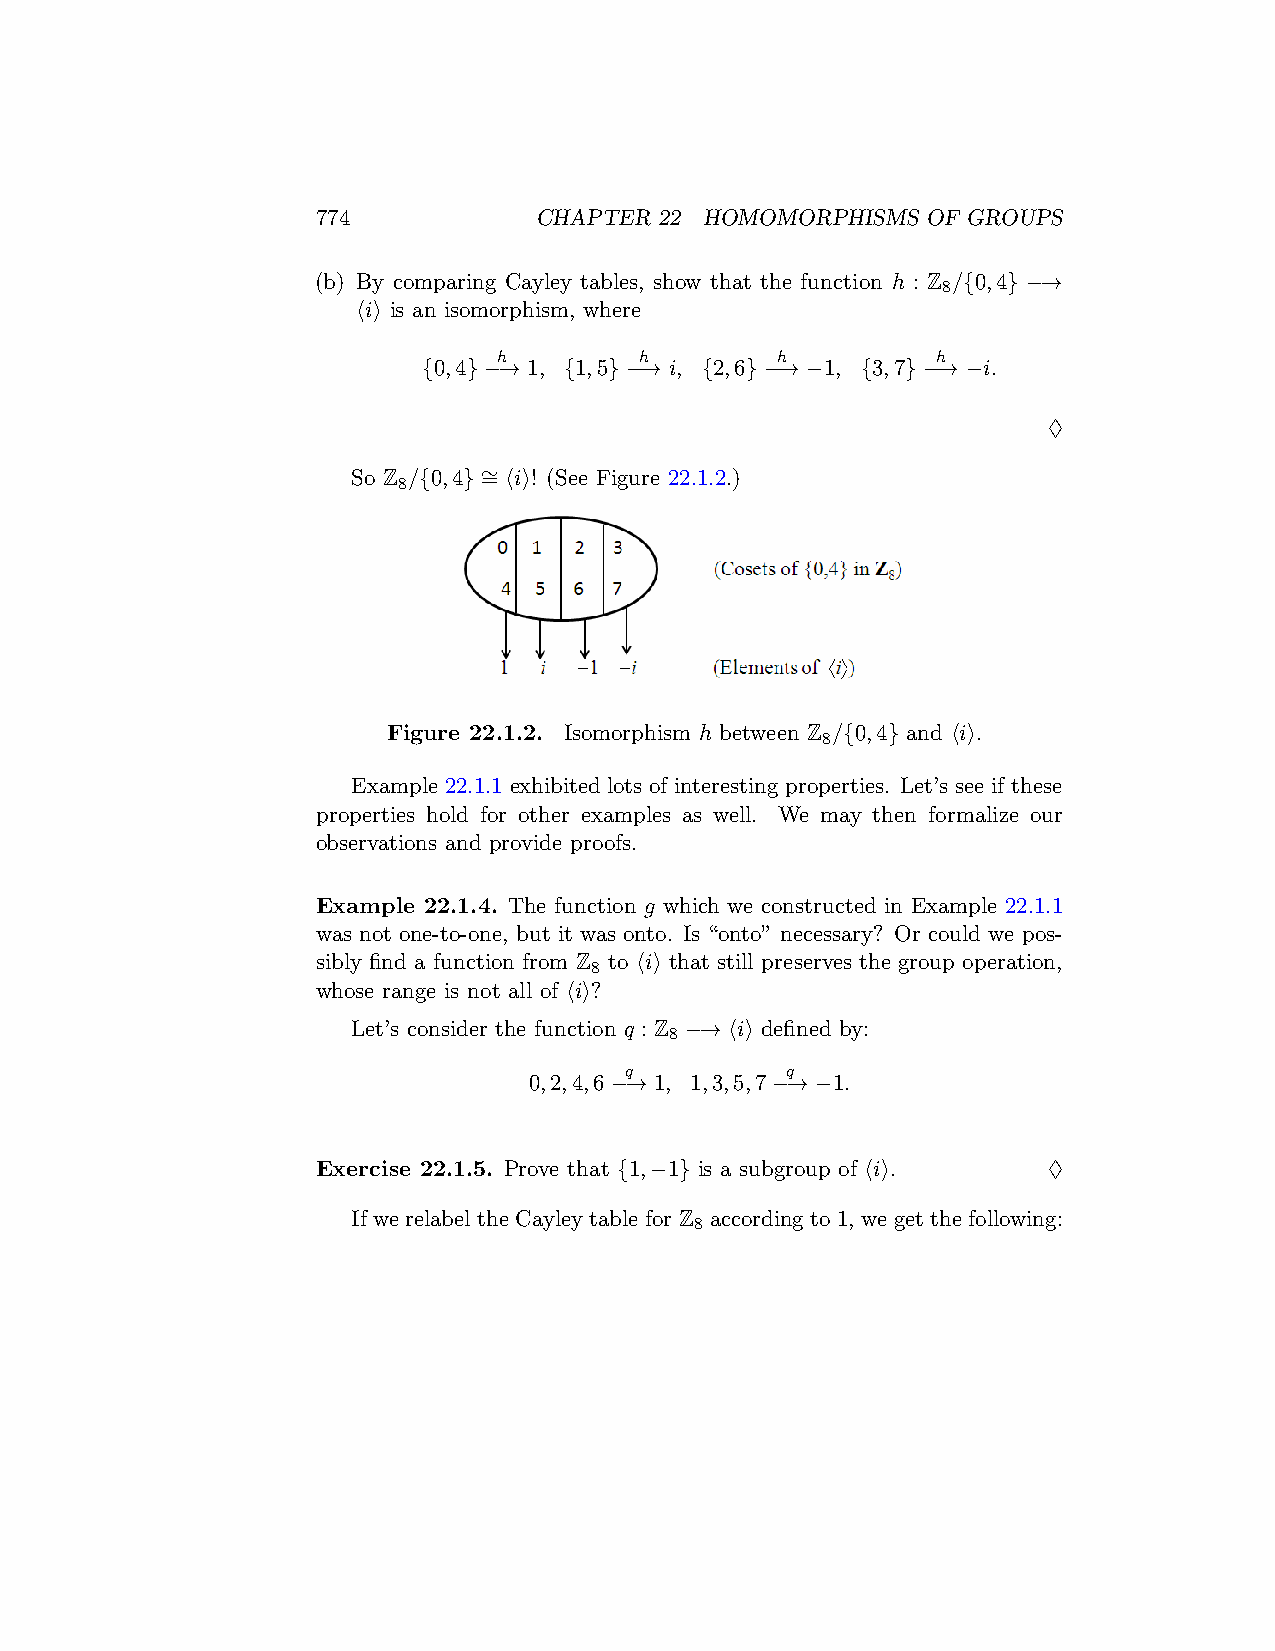
774           CHAPTER  22 HOMOMORPHISMS OF GROUPS
 (b) By comparing Cayley tables, show that the function h : Z /{0,4} −→
 8
 ⟨i⟩ is an isomorphism, where
 h        h        h          h
 {0,4} −→ 1, {1,5} −→ i, {2,6} −→ −1, {3,7} −→ −i.
 ♢
 So Z /{0,4} ∼ = ⟨i⟩! (See Figure 22.1.2.)
 8
 Figure 22.1.2. Isomorphism h between Z /{0,4} and ⟨i⟩.
 8
 Example 22.1.1 exhibited lots of interesting properties. Let’s see if these
 properties hold for other examples as well. We may then formalize our
 observations and provide proofs.
 Example 22.1.4. The function g which we constructed in Example 22.1.1
 was not one-to-one, but it was onto. Is “onto” necessary? Or could we pos-
 sibly find a function from Z to ⟨i⟩ that still preserves the group operation,
 8
 whose range is not all of ⟨i⟩?
 Let’s consider the function q : Z −→ ⟨i⟩ defined by:
 8
 q          q
 0,2,4,6 −→ 1, 1,3,5,7 −→ −1.
 Exercise 22.1.5. Prove that {1,−1} is a subgroup of ⟨i⟩. ♢
 If we relabel the Cayley table for Z according to 1, we get the following:
 8